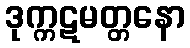
ဒုက္ကဋမတ္တနော